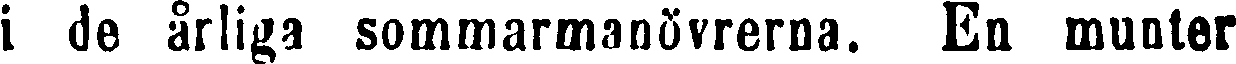
i de årliga sommarmanövrerna. En munter